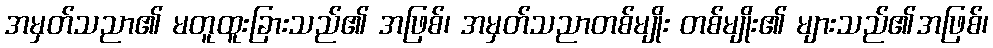
အမှတ်သညာ၏ မတူထူးခြားသည်၏ အဖြစ်၊ အမှတ်သညာတစ်မျိုး တစ်မျိုး၏ များသည်၏အဖြစ်၊